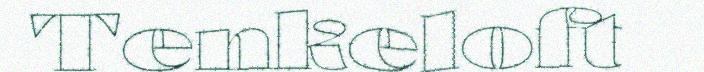
Tenkeloft